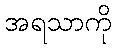
အရသာကို